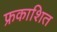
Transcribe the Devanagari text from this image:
फ्रकाशित